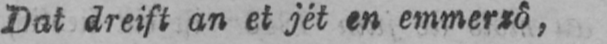
Dat dreift an et jét en emmerzô,